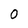
Character: 0